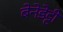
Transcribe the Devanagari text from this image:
बेनेडेट्टी